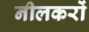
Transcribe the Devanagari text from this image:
नीलकरों